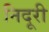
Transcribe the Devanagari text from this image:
निदूरी